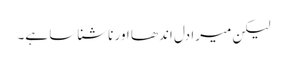
لیکن میرا دل اندھا اور ناشناسا ہے۔